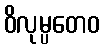
ဝိလုမ္ပတေဝ